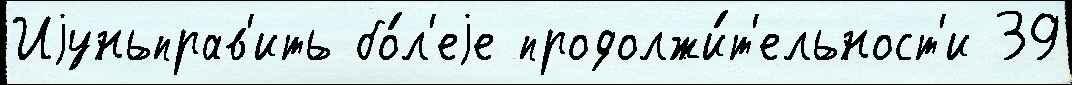
Иjуньправ'ить бо́л'еjе продолжи́т'ельност'и 39